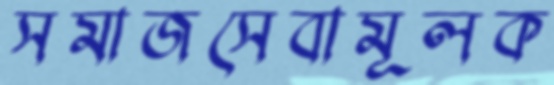
সমাজসেবামূলক